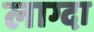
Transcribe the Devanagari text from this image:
लाग्दा